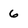
Character: 6